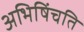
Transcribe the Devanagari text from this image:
अभिषिंचति